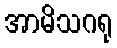
အာမိသဂရု